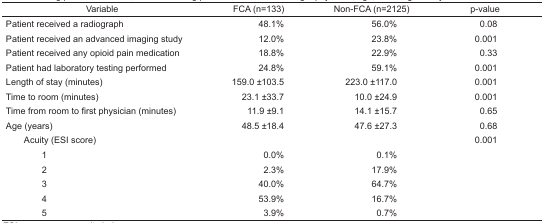
| Variable | FCA (n=133) | Non-FCA (n=2125) | p-value |
 | --- | --- | --- | --- |
 | Patient received a radiograph | 48.1% | 56.0% | 0.08 |
 | Patient received an advanced imaging study | 12.0% | 23.8% | 0.001 |
 | Patient received any opioid pain medication | 18.8% | 22.9% | 0.33 |
 | Patient had laboratory testing performed | 24.8% | 59.1% | 0.001 |
 | Length of stay (minutes) | 159.0 ±103.5 | 223.0 ±117.0 | 0.001 |
 | Time to room (minutes) | 23.1 ±33.7 | 10.0 ±24.9 | 0.001 |
 | Time from room to first physician (minutes) | 11.9 ±9.1 | 14.1 ±15.7 | 0.65 |
 | Age (years) | 48.5 ±18.4 | 47.6 ±27.3 | 0.68 |
 | Acuity (ESI score) |  |  | 0.001 |
 | 1 | 0.0% | 0.1% |  |
 | 2 | 2.3% | 17.9% |  |
 | 3 | 40.0% | 64.7% |  |
 | 4 | 53.9% | 16.7% |  |
 | 5 | 3.9% | 0.7% |  |